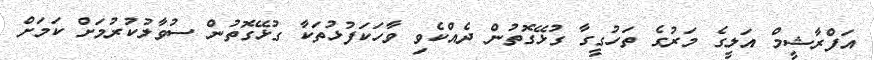
އަފްރާޝީމް އަލީގެ މަރުގެ ތަހުގީގާ ގުޅޭގޮތުން ދެއްކެވި ވާހަކަފުޅުތަކާ ގުޅޭގޮތުން ސުވާލުކުރުމަށް ކަމަށް